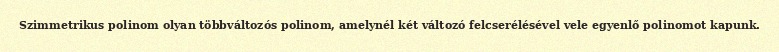
Szimmetrikus polinom olyan többváltozós polinom, amelynél két változó felcserélésével vele egyenlő polinomot kapunk.